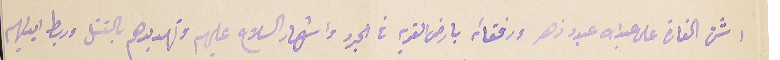
شن الغارة على عبدالله عبود زهر ورفقائه بارض القرية في الجرد واشهار السلاح عليهم وتهديدهم بالقتل وربط ايديهم